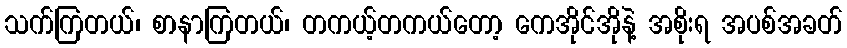
သက်ကြတယ်၊ စာနာကြတယ်၊ တကယ့်တကယ်တော့ ကေအိုင်အိုနဲ့ အစိုးရ အပစ်အခတ်